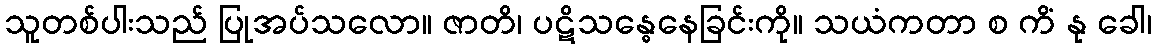
သူတစ်ပါးသည် ပြုအပ်သလော။ ဇာတိ၊ ပဋိသန္ဓေနေခြင်းကို။ သယံကတာ စ ကိံ နု ခေါ၊